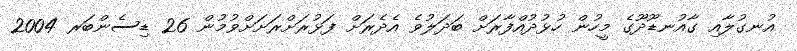
އުނގުލާއި ގާއުނޑޫދޫގެ މީހުން ހުޅުދުއްފާރަށް ބަދަލުވެ އެދެރަށް ފަޅުރަށްރަށަށްވުމުން 26 ޑިސެންބަރ 2004